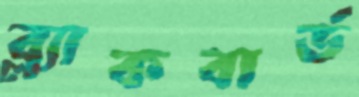
ব্ল্যাকবার্ড